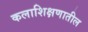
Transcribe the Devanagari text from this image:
कलाशिक्षणातील